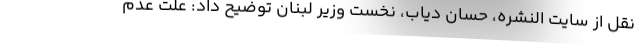
نقل از سایت النشره، حسان دیاب، نخست وزیر لبنان توضیح داد: علت عدم